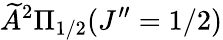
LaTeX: \widetilde{A}^{2}\Pi_{1/2}(J^{\prime\prime}=1/2)